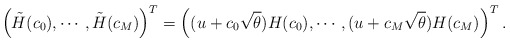
\begin{align*} \left( \tilde{H}(c_0), \cdots, \tilde{H}(c_M) \right)^T = \left( (u + c_0 \sqrt{\theta}) H(c_0), \cdots, (u + c_M \sqrt{\theta}) H(c_M) \right)^T.\end{align*}